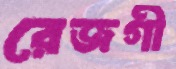
রেজগী